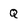
Character: Q